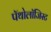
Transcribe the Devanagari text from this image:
पॅथोलॉजिस्ट